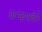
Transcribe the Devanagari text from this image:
कन्यापार्वती